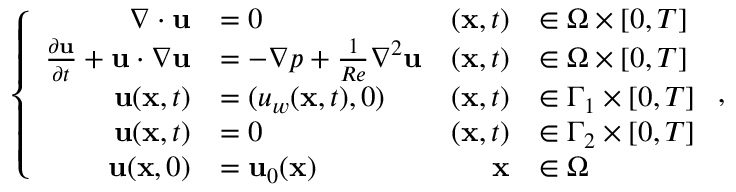
\left\{ \begin{array} { r l r l } { \nabla \cdot { \mathbf { u } } } & { = 0 } & { ( \mathbf { x } , t ) } & { \in \Omega \times [ 0 , T ] } \\ { \frac { \partial \mathbf { u } } { \partial t } + { \mathbf { u } } \cdot \nabla { \mathbf { u } } } & { = - \nabla p + \frac { 1 } { R e } { \nabla ^ { 2 } } { \mathbf { u } } } & { ( \mathbf { x } , t ) } & { \in \Omega \times [ 0 , T ] } \\ { \mathbf { u } ( \mathbf { x } , t ) } & { = ( u _ { w } ( \mathbf { x } , t ) , 0 ) } & { ( \mathbf { x } , t ) } & { \in \Gamma _ { 1 } \times [ 0 , T ] } \\ { \mathbf { u } ( \mathbf { x } , t ) } & { = 0 } & { ( \mathbf { x } , t ) } & { \in \Gamma _ { 2 } \times [ 0 , T ] } \\ { \mathbf { u } ( \mathbf { x } , 0 ) } & { = \mathbf { u } _ { 0 } ( \mathbf { x } ) } & { \mathbf { x } } & { \in \Omega } \end{array} \right. ,